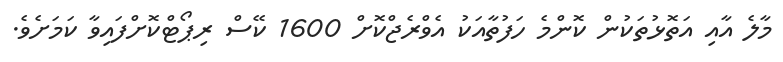
މާލެ އާއި އަތޮޅުތަކުން ކޮންމެ ހަފުތާއަކު އެވްރެޖްކޮށް 1600 ކޭސް ރިޕޯޓްކޮށްފައިވާ ކަމަށެވެ.